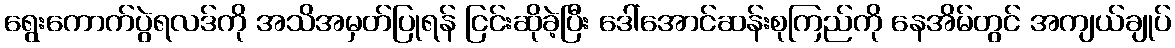
ရွေးကောက်ပွဲရလဒ်ကို အသိအမှတ်ပြုရန် ငြင်းဆိုခဲ့ပြီး ဒေါ်အောင်ဆန်းစုကြည်ကို နေအိမ်တွင် အကျယ်ချုပ်